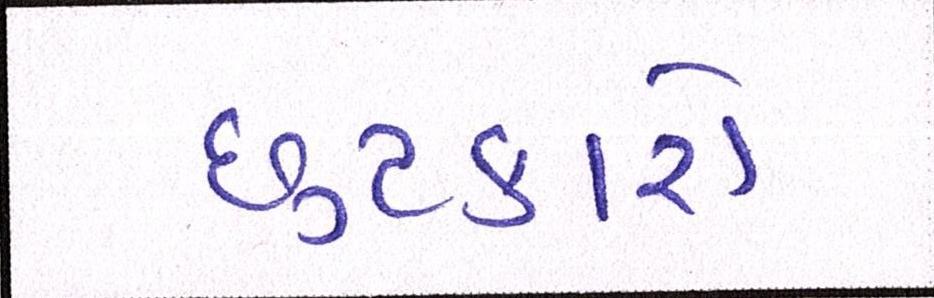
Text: છુટકારો